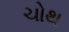
ચોથ